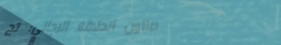
صالون الحلاقة الرجالي: تج